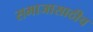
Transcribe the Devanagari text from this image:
समाजासाठीच